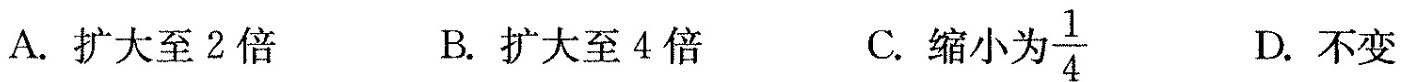
A.扩大至2倍 B.扩大至4倍 C.缩小为\frac{1}{4} D.不变